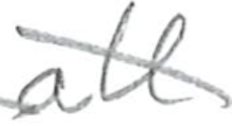
Text: all
Cross-out: mix
Writing tool: pencil